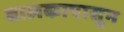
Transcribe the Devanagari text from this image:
बालकापासून